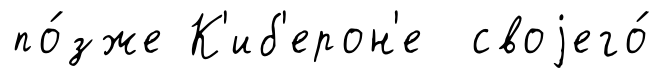
по́зже К'иб'ерон'е своjего́